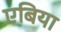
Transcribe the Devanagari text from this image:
एबिया